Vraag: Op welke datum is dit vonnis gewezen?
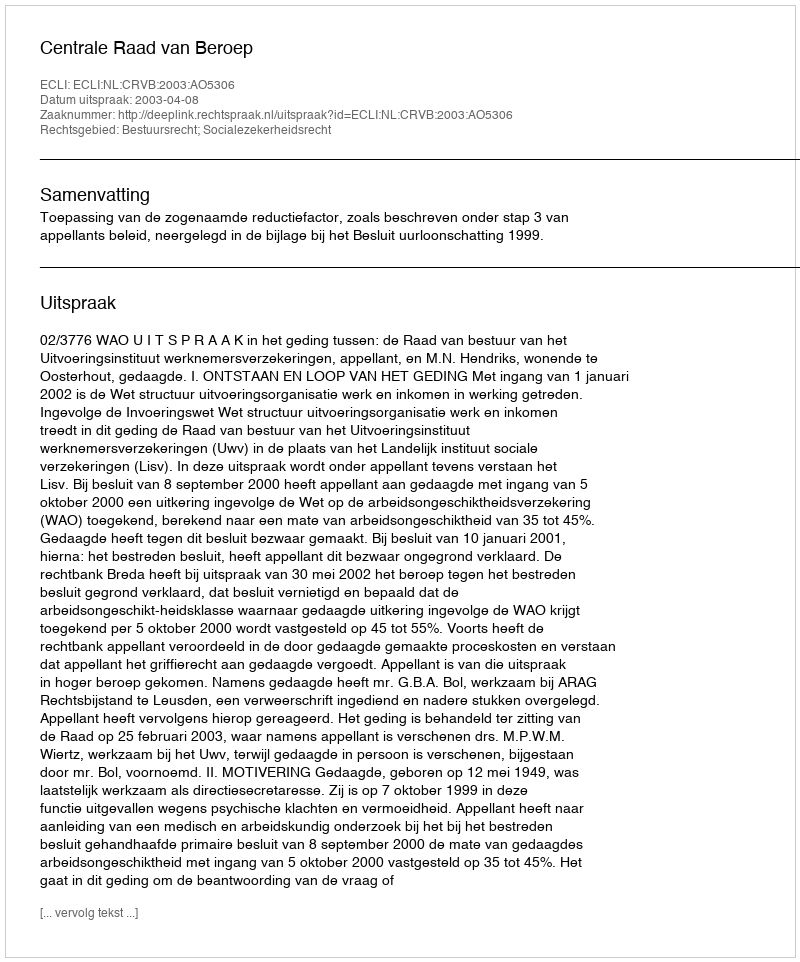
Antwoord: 2003-04-08